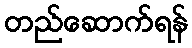
တည်ဆောက်ရန်